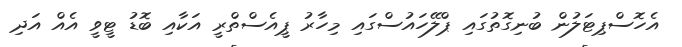
އެހޮސްޕިޓަލުން ބުނިގޮތުގައި ޕްލޭހައުސްގައި މިހާރު ޕީއެސްތްރީ އަކާއި ބޮޑު ޓީވީ އެއް އަދި